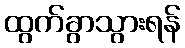
ထွက်ခွာသွားရန်